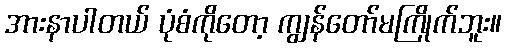
အားနာပါတယ် ပုံစံကိုတော့ ကျွန်တော်မကြိုက်ဘူး။